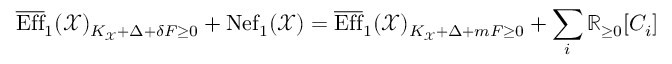
\overline { { \operatorname { E f f } } } _ { 1 } ( \mathcal { X } ) _ { K _ { \mathcal { X } } + \Delta + \delta F \geq 0 } + \operatorname { N e f } _ { 1 } ( \mathcal { X } ) = \overline { { \operatorname { E f f } } } _ { 1 } ( \mathcal { X } ) _ { K _ { \mathcal { X } } + \Delta + m F \geq 0 } + \sum _ { i } \mathbb { R } _ { \geq 0 } [ C _ { i } ]